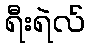
ရီးရဲလ်